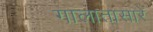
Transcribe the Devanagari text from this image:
गालातासारे